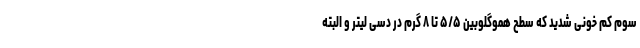
سوم کم‌ خونی شدید که سطح هموگلوبین ۵/۵ تا ۸ گرم در دسی لیتر و البته